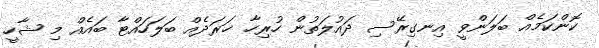
ކޮންކަމެއް ބަލަންވީ އިނގިރޭސި ދައުލަތުން ހުރިހާ ޚަރަދެއް ބަލަހައްޓާ ބައެއް މި ޝާހީ